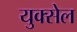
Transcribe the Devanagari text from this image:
युक्सेल